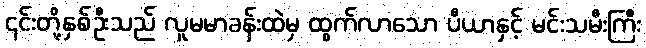
၎င်းတို့နှစ်ဦးသည် လူမမာခန်းထဲမှ ထွက်လာသော ပီယာနှင့် မင်းသမီးကြီး